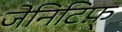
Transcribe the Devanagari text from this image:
जेनिटिफ़्